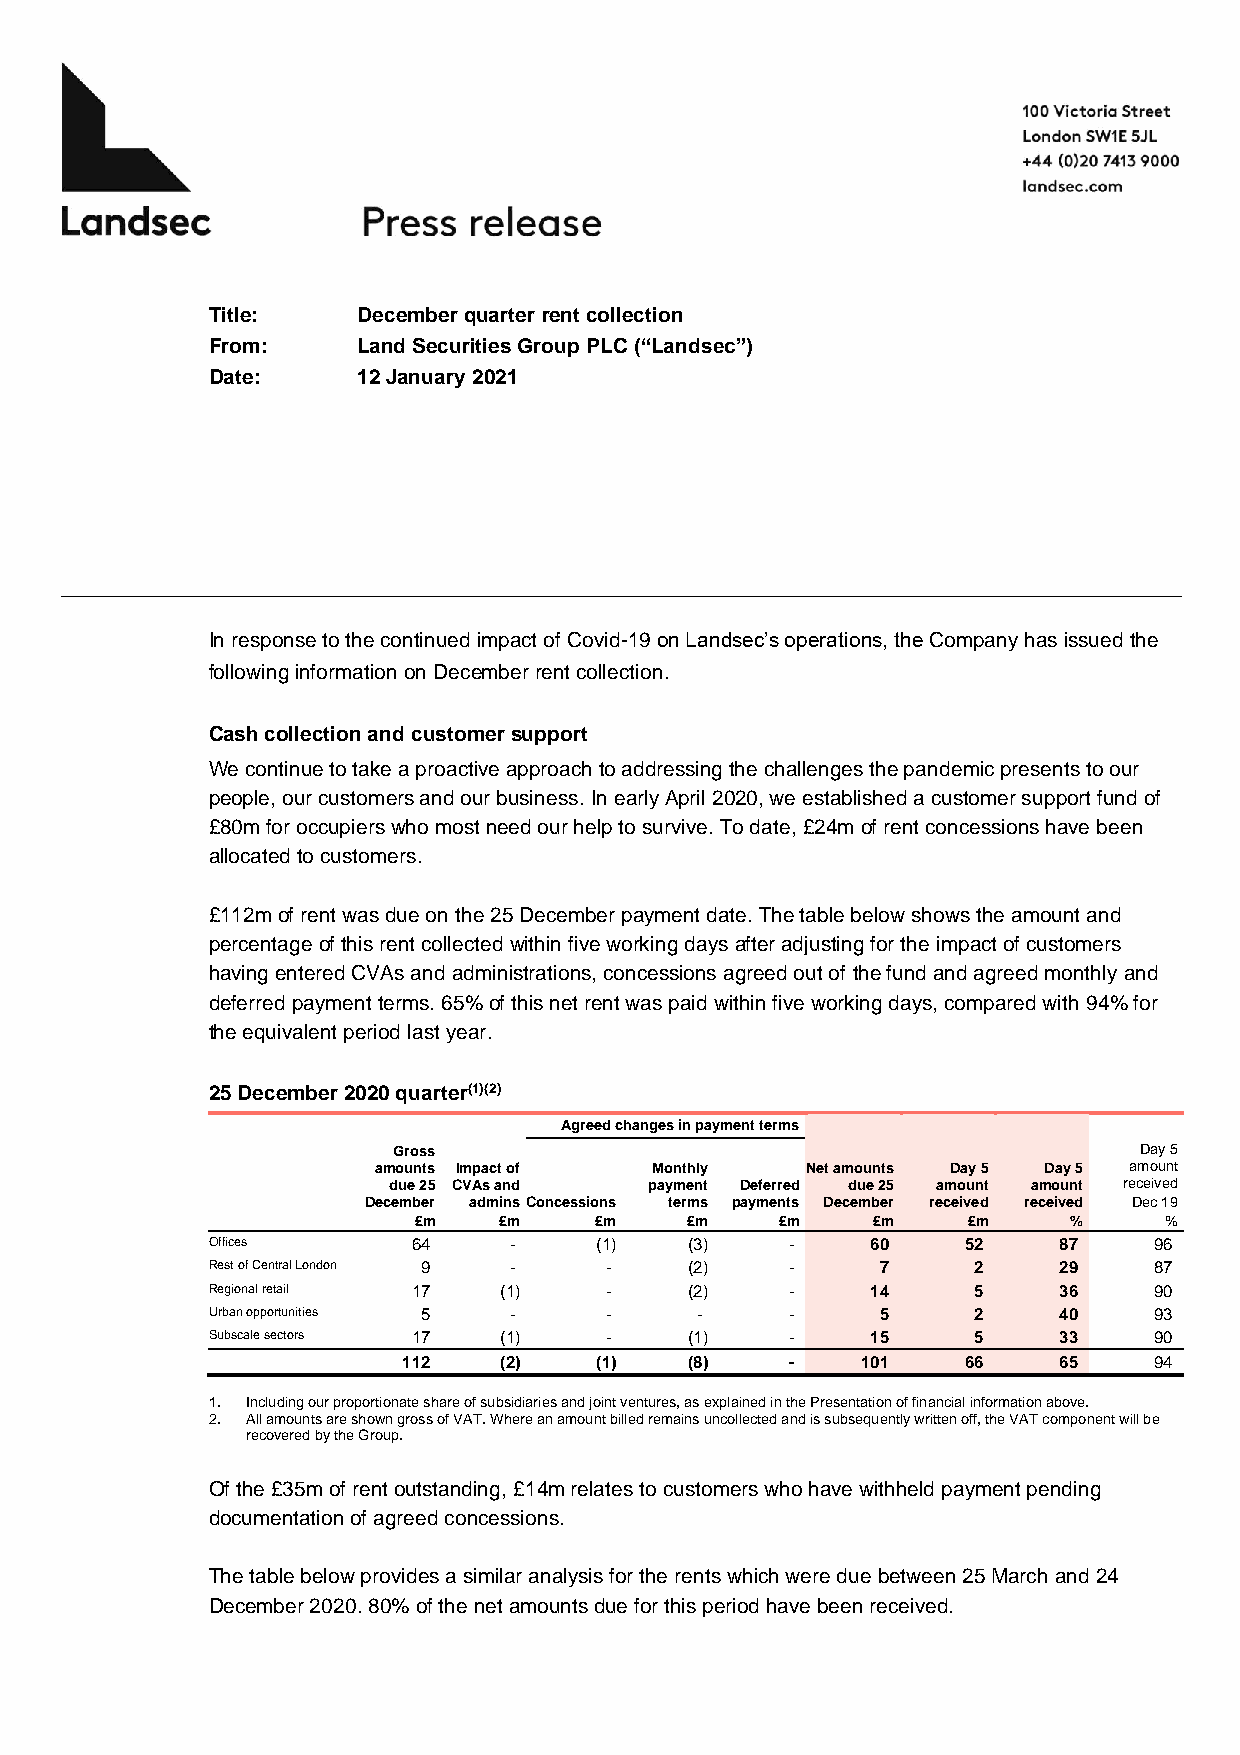
Title:    December quarter rent collection
 From:     Land Securities Group PLC (“Landsec”)
 Date:     12 January 2021
 In response to the continued impact of Covid-19 on Landsec’s operations, the Company has issued the
 following information on December rent collection.
 Cash collection and customer support
 We continue to take a proactive approach to addressing the challenges the pandemic presents to our
 people, our customers and our business. In early April 2020, we established a customer support fund of
 £80m for occupiers who most need our help to survive. To date, £24m of rent concessions have been
 allocated to customers.
 £112m of rent was due on the 25 December payment date. The table below shows the amount and
 percentage of this rent collected within five working days after adjusting for the impact of customers
 having entered CVAs and administrations, concessions agreed out of the fund and agreed monthly and
 deferred payment terms. 65% of this net rent was paid within five working days, compared with 94% for
 the equivalent period last year.
 25 December 2020 quarter(1)(2)
 Agreed changes in payment terms
 Gross                                            Day 5
 amounts Impact of Monthly   Net amounts Day 5 Day 5 amount
 due 25 CVAs and  payment Deferred due 25 amount amount received
 December admins Concessions terms payments December received received Dec 19
 £m    £m    £m    £m     £m    £m    £m     %     %
 Offices      64     -    (1)    (3)   -     60    52    87    96
 Rest of Central London 9 - -    (2)   -     7     2     29    87
 Regional retail 17 (1)    -     (2)   -     14    5     36    90
 Urban opportunities 5 -   -     -     -     5     2     40    93
 Subscale sectors 17 (1)   -     (1)   -     15    5     33    90
 112   (2)   (1)    (8)   -    101    66    65    94
 1. Including our proportionate share of subsidiaries and joint ventures, as explained in the Presentation of financial information above.
 2. All amounts are shown gross of VAT. Where an amount billed remains uncollected and is subsequently written off, the VAT component will be
 recovered by the Group.
 Of the £35m of rent outstanding, £14m relates to customers who have withheld payment pending
 documentation of agreed concessions.
 The table below provides a similar analysis for the rents which were due between 25 March and 24
 December 2020. 80% of the net amounts due for this period have been received.